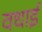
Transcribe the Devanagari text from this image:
वधाई